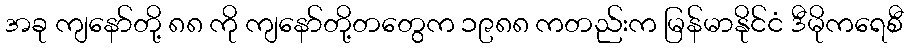
အခု ကျနော်တို့ ၈၈ ကို ကျနော်တို့တတွေက ၁၉၈၈ ကတည်းက မြန်မာနိုင်ငံ ဒီမိုကရေစီ